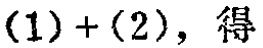
$(1)+(2),\ 得$